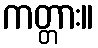
ကတ္တား။